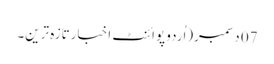
07 دسمبر(اُردو پوائنٹ اخبارتازہ ترین۔